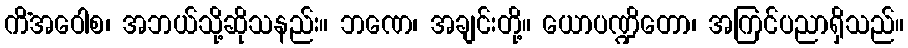
ကိံအဝေါစ၊ အဘယ်သို့ဆိုသနည်း။ ဘဏေ၊ အချင်းတို့။ ယောပဏ္ဍိတော၊ အကြင်ပညာရှိသည်။